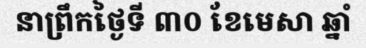
នាព្រឹកថ្ងៃទី ៣០ ខែមេសា ឆ្នាំ